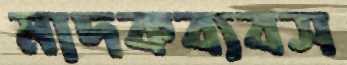
মাদকব্যবস